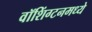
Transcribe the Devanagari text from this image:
वॉशिंग्टनमध्ये